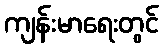
ကျန်းမာရေးတွင်